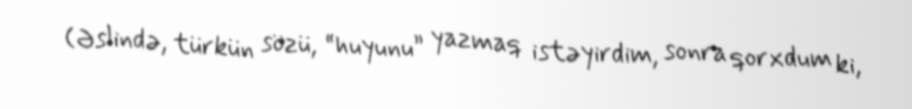
(Əslində, türkün sözü, “huyunu” yazmaq istəyirdim, sonra qorxdum ki,